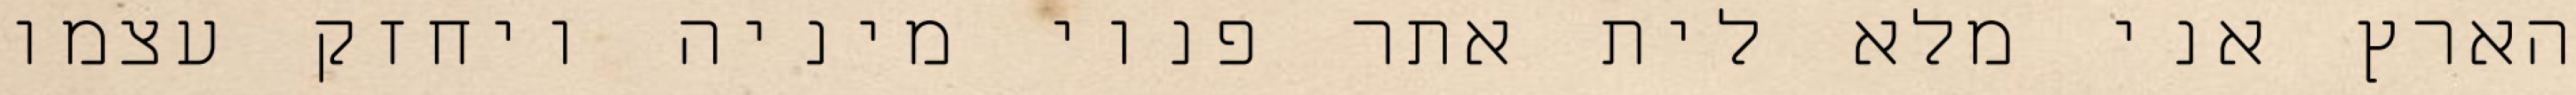
הארץ אני מלא לית אתר פנוי מיניה ויחזק עצמו